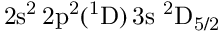
\mathrm { 2 s ^ { 2 } \, 2 p ^ { 2 } ( ^ { 1 } D ) \, 3 s ~ ^ { 2 } D _ { 5 / 2 } }